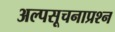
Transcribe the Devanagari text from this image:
अल्पसूचनाप्रश्न